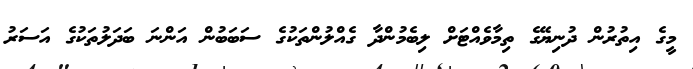
މީގެ އިތުރުން ދުނިޔޭގެ ތިމާވެއްޓަށް ލިބެމުންދާ ގެއްލުންތަކުގެ ސަބަބުން އަންނަ ބަދަލުތަކުގެ އަސަރު